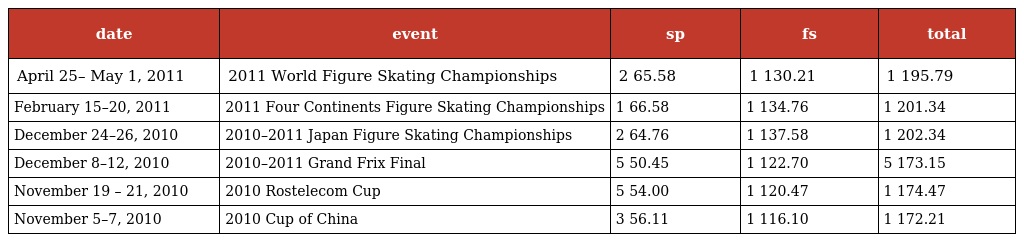
| date | event | sp | fs | total |
 | --- | --- | --- | --- | --- |
 | April 25– May 1, 2011 | 2011 World Figure Skating Championships | 2 65.58 | 1 130.21 | 1 195.79 |
 | February 15–20, 2011 | 2011 Four Continents Figure Skating Championships | 1 66.58 | 1 134.76 | 1 201.34 |
 | December 24–26, 2010 | 2010–2011 Japan Figure Skating Championships | 2 64.76 | 1 137.58 | 1 202.34 |
 | December 8–12, 2010 | 2010–2011 Grand Frix Final | 5 50.45 | 1 122.70 | 5 173.15 |
 | November 19 – 21, 2010 | 2010 Rostelecom Cup | 5 54.00 | 1 120.47 | 1 174.47 |
 | November 5–7, 2010 | 2010 Cup of China | 3 56.11 | 1 116.10 | 1 172.21 |